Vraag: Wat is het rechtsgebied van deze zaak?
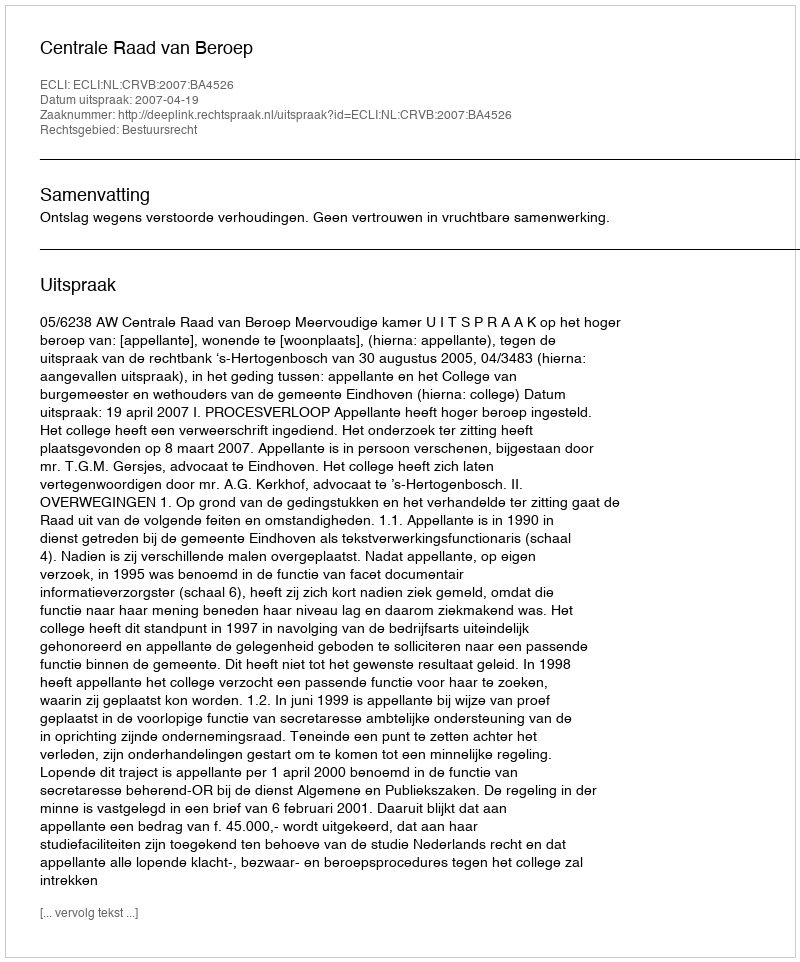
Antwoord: Bestuursrecht